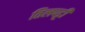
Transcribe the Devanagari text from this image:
तिलपट्टी